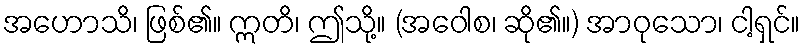
အဟောသိ၊ ဖြစ်၏။ ဣတိ၊ ဤသို့။ (အဝေါစ၊ ဆို၏။) အာဝုသော၊ ငါ့ရှင်။